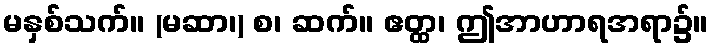
မနှစ်သက်။ (မဆာ၊) စ၊ ဆက်။ ဧတ္ထ၊ ဤအာဟာရအရာ၌။